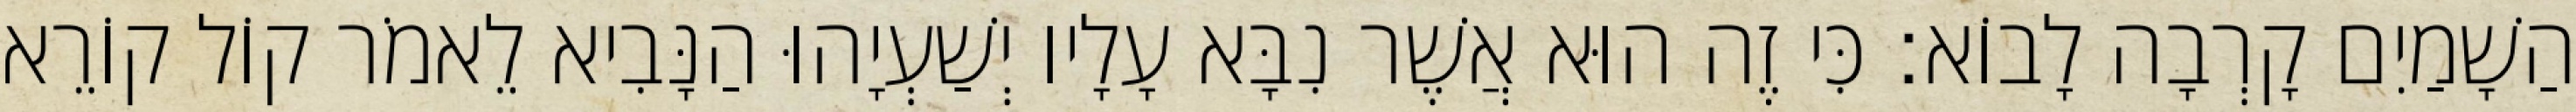
הַשָׁמַיִם קָרְבָה לָבוֹא׃ כִּי זֶה הוּא אֲשֶׁר נִבָּא עָלָיו יְשַׁעְיָהוּ הַנָּבִיא לֵאמֹר קוֹל קוֹרֵא